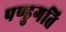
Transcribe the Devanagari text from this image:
पण्डुगति